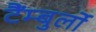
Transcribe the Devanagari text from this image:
टैंम्बुर्लो